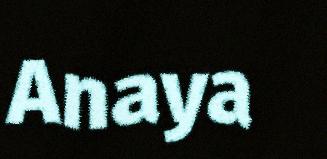
Anaya